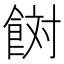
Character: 𩛜